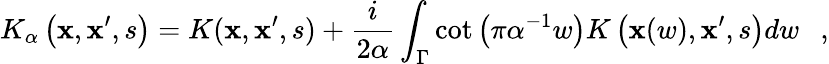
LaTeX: K_{\alpha}\left(\mathbf{x},\mathbf{x}^{\prime},s\right)=K(\mathbf{x},\mathbf{x}^{\prime},s)+{\frac{{i}}{{2\alpha}}}\int_{\Gamma}\cot\left(\pi\alpha^{-1}w\right)K\left(\mathbf{x}(w),\mathbf{x}^{\prime},s\right)dw~~~,